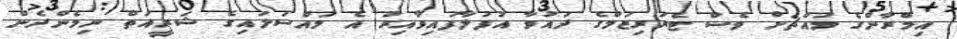
އިމްރާންގެ މައްޗަށް ވެސް ޓެރަރިޒަމްގެ ދައުވާ އުފުލާފައިވާއިރު އެ މައްސަލައިގެ ޝަރީއަތް ނިމެންދެން